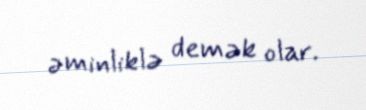
əminliklə demək olar.